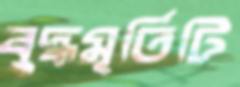
বুদ্ধমূর্তিটি